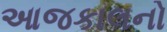
આજકાલનો